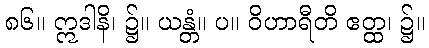
၈၆။ ဣဒါနိ၊ ၌။ ယန္တံ။ ပ။ ဝိဟာရီတိ ဧတ္ထ၊ ၌။